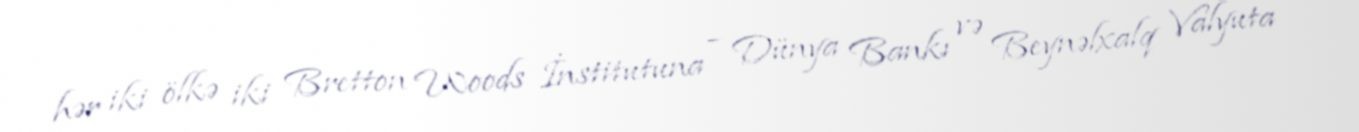
hər iki ölkə iki Bretton Woods İnstitutuna – Dünya Bankı və Beynəlxalq Valyuta